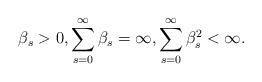
LaTeX: \begin{align*} \beta _{s} > 0, \sum \limits_{s=0}^{\infty } \beta _{s} = \infty , \sum \limits_{s=0}^{\infty } \beta _{s}^{2} < \infty.\end{align*}